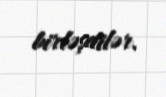
birləşdilər.